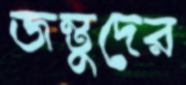
জন্তুদের